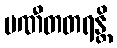
ပဏီတတရန္တိ